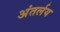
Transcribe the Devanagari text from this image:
अंतर्लय